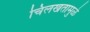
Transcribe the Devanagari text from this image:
चिलखतामुळे